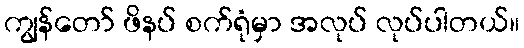
ကျွန်တော် ဖိနပ် စက်ရုံမှာ အလုပ် လုပ်ပါတယ်။